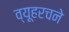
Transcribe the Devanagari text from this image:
व्यूहरचने